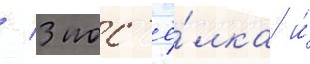
/ 3 пос'ё́лка и́